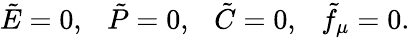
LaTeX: \tilde{E}=0,~~~\tilde{P}=0,~~~\tilde{C}=0,~~~\tilde{f}_{\mu}=0.